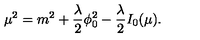
\mu ^ { 2 } = m ^ { 2 } + { \frac { \lambda } { 2 } } \phi _ { 0 } ^ { 2 } - { \frac { \lambda } { 2 } } I _ { 0 } ( \mu ) .